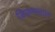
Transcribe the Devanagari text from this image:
बिक्रमलाल